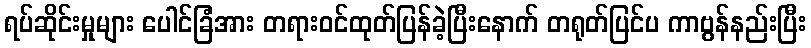
ရပ်ဆိုင်းမှုများ ပေါင်ခြံအား တရားဝင်ထုတ်ပြန်ခဲ့ပြီးနောက် တရုတ်ပြင်ပ ကာဗွန်နည်းပြီး